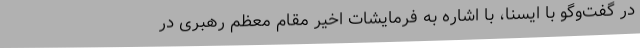
در گفت‌وگو با ایسنا، با اشاره به فرمایشات اخیر مقام معظم رهبری در